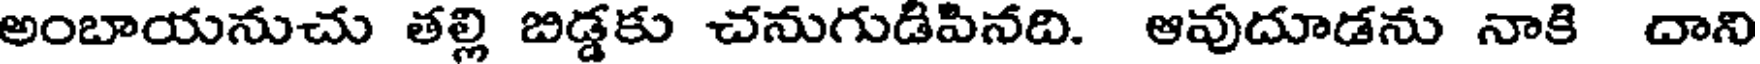
అంబాయనుచు తల్లి బిడ్డకు చనుగుడిపినది. ఆవుదూడను నాకి దాని